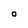
Character: O